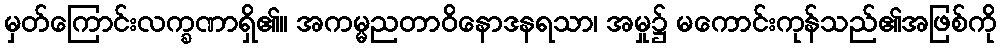
မှတ်ကြောင်းလက္ခဏာရှိ၏။ အကမ္မညတာဝိနောဒနရသာ၊ အမှု၌ မကောင်းကုန်သည်၏အဖြစ်ကို